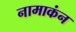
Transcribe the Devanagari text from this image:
नामाकंन